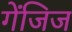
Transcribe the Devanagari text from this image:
गेंजिज